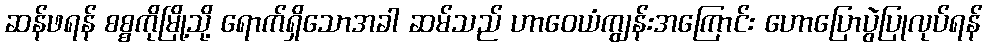
ဆန်ဖရန် စစ္စကိုမြို့သို့ ရောက်ရှိသောအခါ ဆမ်သည် ဟာဝေယံကျွန်းအကြောင်း ဟောပြောပွဲပြုလုပ်ရန်